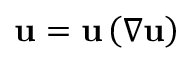
\mathbf { u } = \mathbf { u } \left( \nabla \mathbf { u } \right)